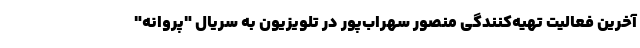
آخرین فعالیت تهیه‌کنندگی منصور سهراب‌پور در تلویزیون به سریال "پروانه"